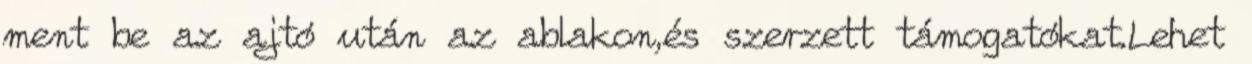
ment be az ajtó után az ablakon,és szerzett támogatókat.Lehet